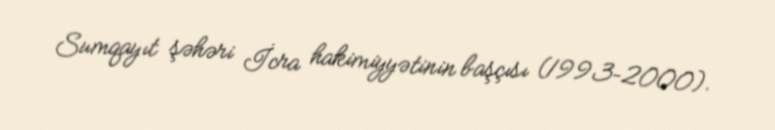
Sumqayıt şəhəri İcra hakimiyyətinin başçısı (1993–2000).